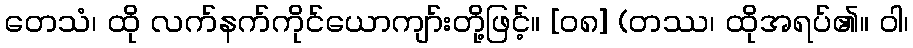
တေသံ၊ ထို လက်နက်ကိုင်ယောကျာ်းတို့ဖြင့်။ [၀၈] (တဿ၊ ထိုအရပ်၏။ ဝါ၊